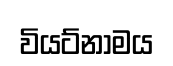
වියට්නාමය